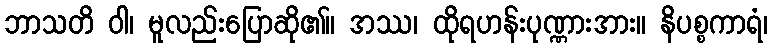
ဘာသတိ ဝါ၊ မူလည်းပြောဆို၏။ အဿ၊ ထိုရဟန်းပုဏ္ဏားအား။ နိပစ္စကာရံ၊